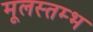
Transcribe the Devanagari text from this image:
मूलस्तम्भ